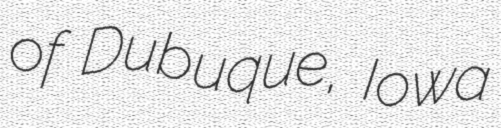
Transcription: of Dubuque, Iowa